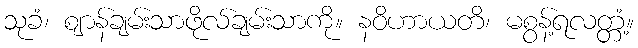
သုခံ၊ ဈာန်ချမ်းသာဖိုလ်ချမ်းသာကို။ နဝိဟာယတိ၊ မစွန့်ရလတ္တံ့။